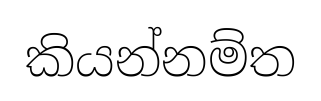
කියන්නම්ත